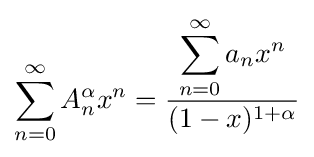
\sum _{n=0}^{\infty }A_{n}^{\alpha }x^{n}={\frac {\displaystyle {\sum _{n=0}^{\infty }a_{n}x^{n}}}{(1-x)^{1+\alpha }}}